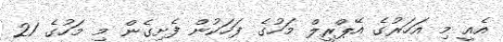
އެއީ މި އަހަރުގެ އޭޕްރީލް މަހުގެ ފަހަކުން ފެށިގެން މި މަހުގެ 21